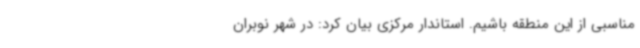
مناسبی از این منطقه باشیم‌. استاندار مرکزی بیان کرد: در شهر نوبران